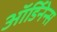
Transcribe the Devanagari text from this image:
ऑर्डिनेन्स